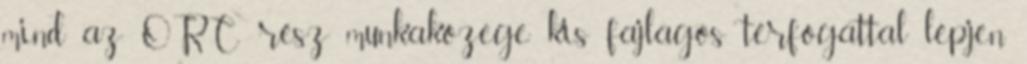
mind az ORC rész munkaközege kis fajlagos térfogattal lépjen